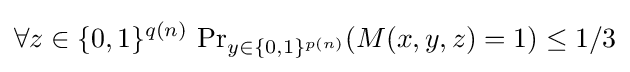
\forall z\in \{0,1\}^{q(n)}\,\Pr \nolimits _{y\in \{0,1\}^{p(n)}}(M(x,y,z)=1)\leq 1/3